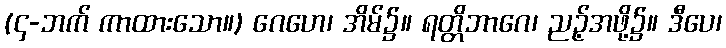
(၄-ဘက် ကာထားသော။) ဂေဟေ၊ အိမ်၌။ ရတ္တိဘာဂေ၊ ညဉ့်အဖို့၌။ ဒီပေ၊